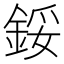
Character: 鋖